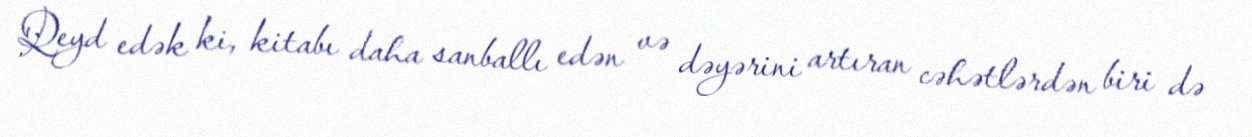
Qeyd edək ki, kitabı daha sanballı edən və dəyərini artıran cəhətlərdən biri də